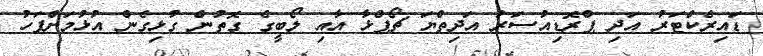
ޑައިރެކްޓަރު އަދި ޕްރޮޑިއުސަރު އަދިތްޔަ ޗޯޕްޅާ އާއި ލޯބީގެ ގޮތުން ގުޅިގެން އުޅުމަށްފަހު